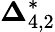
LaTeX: {\boldsymbol{\Delta}}_{4,2}^{*}